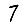
Digit: 7